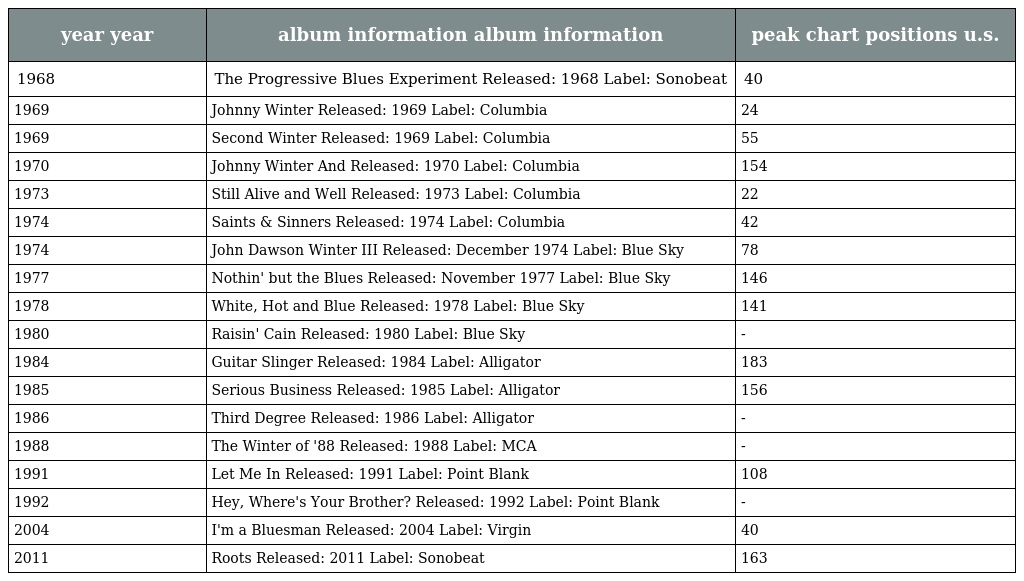
| year year | album information album information | peak chart positions u.s. |
 | --- | --- | --- |
 | 1968 | The Progressive Blues Experiment Released: 1968 Label: Sonobeat | 40 |
 | 1969 | Johnny Winter Released: 1969 Label: Columbia | 24 |
 | 1969 | Second Winter Released: 1969 Label: Columbia | 55 |
 | 1970 | Johnny Winter And Released: 1970 Label: Columbia | 154 |
 | 1973 | Still Alive and Well Released: 1973 Label: Columbia | 22 |
 | 1974 | Saints & Sinners Released: 1974 Label: Columbia | 42 |
 | 1974 | John Dawson Winter III Released: December 1974 Label: Blue Sky | 78 |
 | 1977 | Nothin' but the Blues Released: November 1977 Label: Blue Sky | 146 |
 | 1978 | White, Hot and Blue Released: 1978 Label: Blue Sky | 141 |
 | 1980 | Raisin' Cain Released: 1980 Label: Blue Sky | - |
 | 1984 | Guitar Slinger Released: 1984 Label: Alligator | 183 |
 | 1985 | Serious Business Released: 1985 Label: Alligator | 156 |
 | 1986 | Third Degree Released: 1986 Label: Alligator | - |
 | 1988 | The Winter of '88 Released: 1988 Label: MCA | - |
 | 1991 | Let Me In Released: 1991 Label: Point Blank | 108 |
 | 1992 | Hey, Where's Your Brother? Released: 1992 Label: Point Blank | - |
 | 2004 | I'm a Bluesman Released: 2004 Label: Virgin | 40 |
 | 2011 | Roots Released: 2011 Label: Sonobeat | 163 |